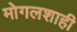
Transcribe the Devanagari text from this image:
मोगलशाही